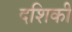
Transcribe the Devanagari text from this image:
दशिकी